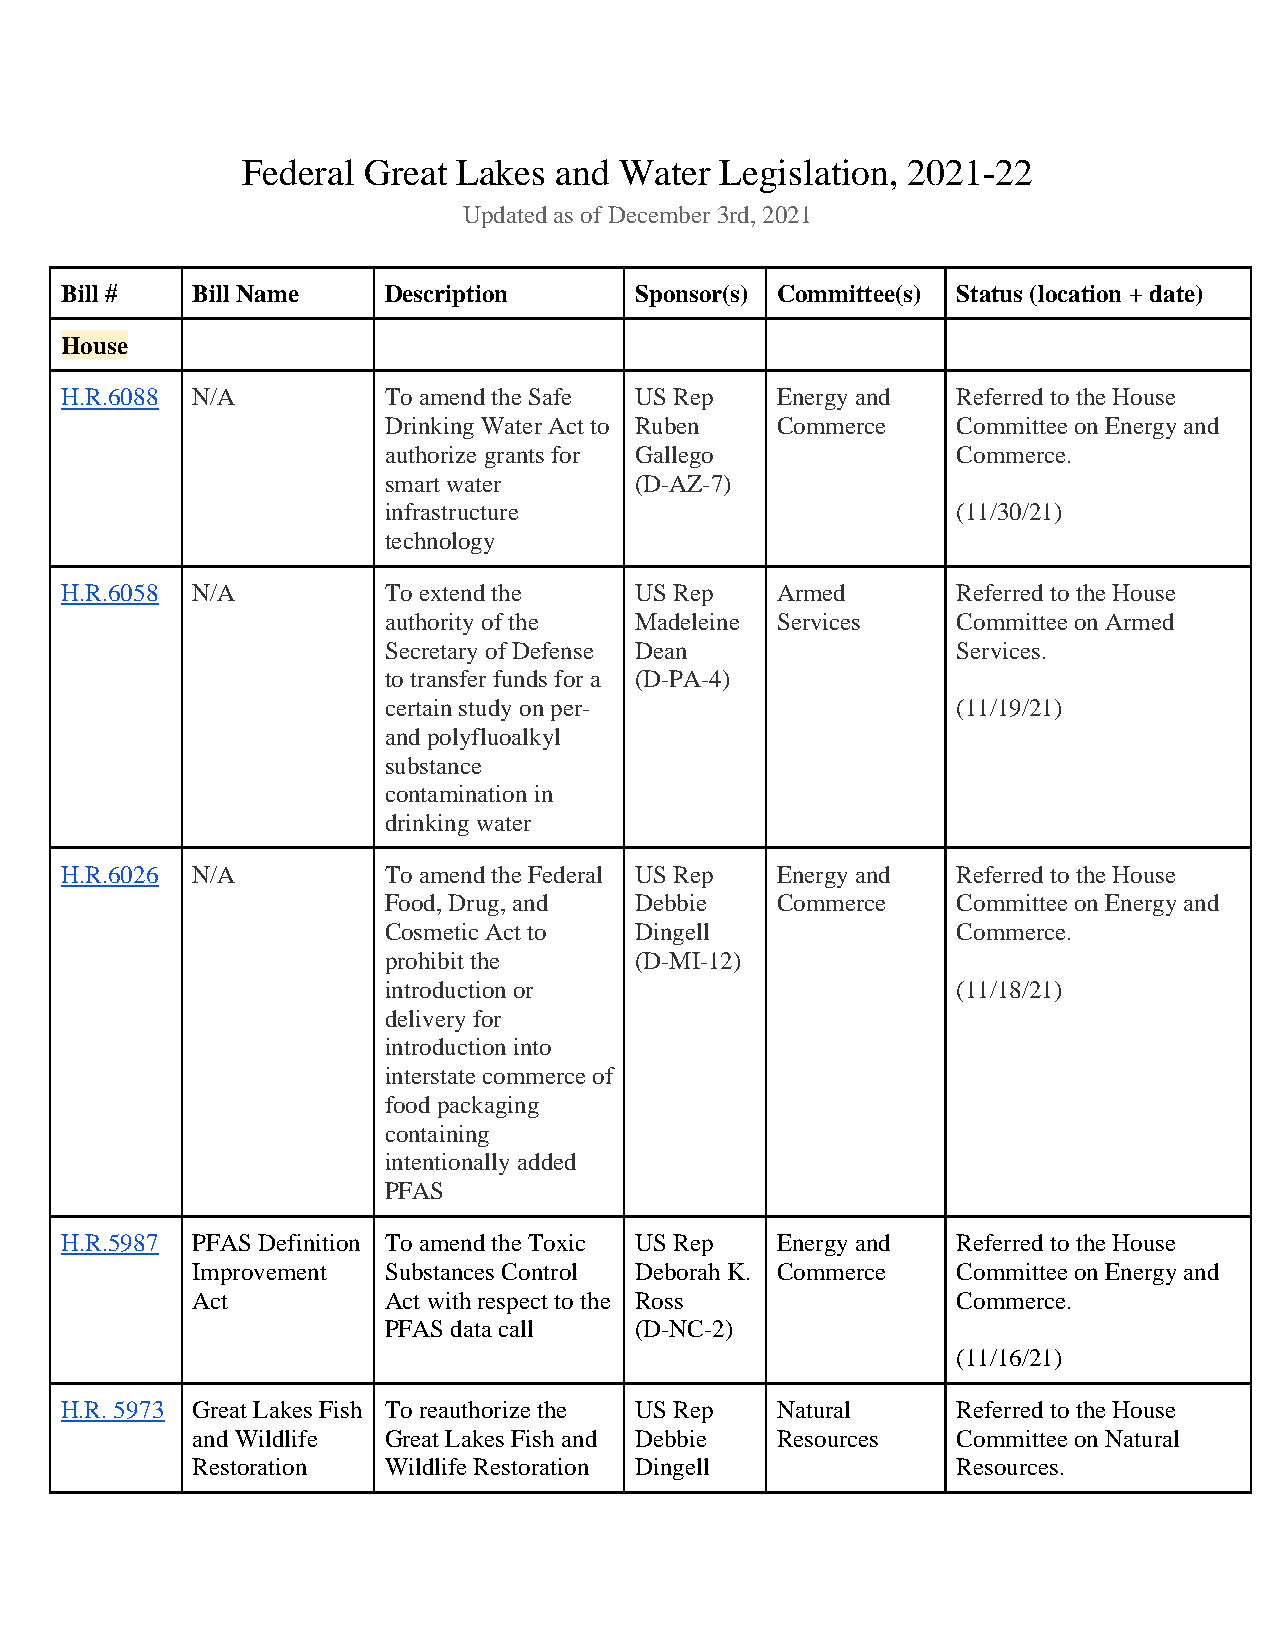
Federal Great Lakes  and Water  Legislation, 2021-22
 Updated as of December 3rd, 2021
 Bill #   Bill Name   Description      Sponsor(s) Committee(s) Status (location + date)
 House
 H.R.6088 N/A         To amend the Safe US Rep  Energy and  Referred to the House
 Drinking Water Act to Ruben Commerce  Committee on Energy and
 authorize grants for Gallego          Commerce.
 smart water      (D-AZ-7)
 infrastructure                        (11/30/21)
 technology
 H.R.6058 N/A         To extend the    US Rep   Armed       Referred to the House
 authority of the Madeleine Services   Committee on Armed
 Secretary of Defense Dean             Services.
 to transfer funds for a (D-PA-4)
 certain study on per-                 (11/19/21)
 and polyfluoalkyl
 substance
 contamination in
 drinking water
 H.R.6026 N/A         To amend the Federal US Rep Energy and Referred to the House
 Food, Drug, and  Debbie   Commerce    Committee on Energy and
 Cosmetic Act to  Dingell              Commerce.
 prohibit the     (D-MI-12)
 introduction or                       (11/18/21)
 delivery for
 introduction into
 interstate commerce of
 food packaging
 containing
 intentionally added
 PFAS
 H.R.5987 PFAS Definition To amend the Toxic US Rep Energy and Referred to the House
 Improvement Substances Control Deborah K. Commerce Committee on Energy and
 Act         Act with respect to the Ross          Commerce.
 PFAS data call   (D-NC-2)
 (11/16/21)
 H.R. 5973 Great Lakes Fish To reauthorize the US Rep Natural Referred to the House
 and Wildlife Great Lakes Fish and Debbie Resources Committee on Natural
 Restoration Wildlife Restoration Dingell          Resources.